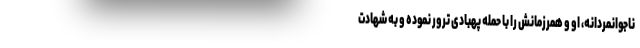
ناجوانمردانه، او و همرزمانش را با حمله پهبادی ترور نموده و به شهادت